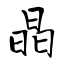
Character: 晶